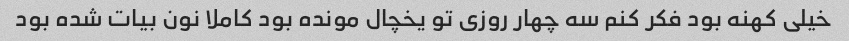
خیلی کهنه بود فکر کنم سه چهار روزی تو یخچال مونده بود کاملا نون بیات شده بود